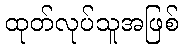
ထုတ်လုပ်သူအဖြစ်